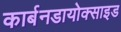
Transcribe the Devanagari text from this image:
कार्बनडायोक्साइड